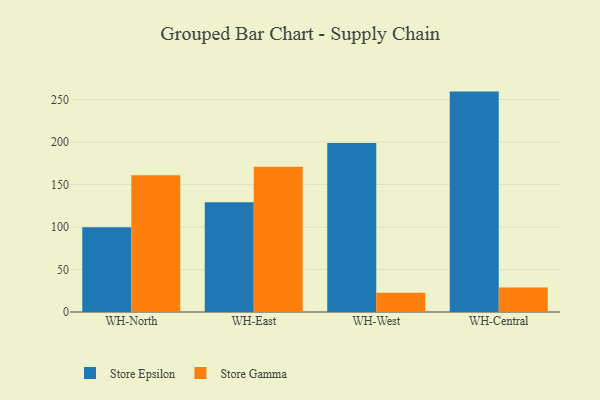
{"axis": {"x": "Warehouse", "y": "Operating Costs (USD K)"}, "legend": ["Store Epsilon", "Store Gamma"], "data": [{"x": "WH-North", "y": 99.7, "type": "Store Epsilon"}, {"x": "WH-North", "y": 160.9, "type": "Store Gamma"}, {"x": "WH-East", "y": 129.3, "type": "Store Epsilon"}, {"x": "WH-East", "y": 170.9, "type": "Store Gamma"}, {"x": "WH-West", "y": 199.0, "type": "Store Epsilon"}, {"x": "WH-West", "y": 22.8, "type": "Store Gamma"}, {"x": "WH-Central", "y": 259.4, "type": "Store Epsilon"}, {"x": "WH-Central", "y": 28.9, "type": "Store Gamma"}]}